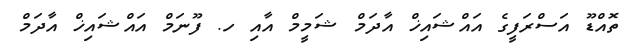
ތޮއްޑޫ އަސްރަފީގެ އައްޝައިޚް އާދަމް ޝަމީމް އާއި ހ. ފޫނަމް އައްޝައިޚް އާދަމް